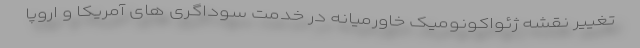
تغییر نقشه ژئواکونومیک خاورمیانه در خدمت سوداگری های آمریکا و اروپا